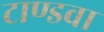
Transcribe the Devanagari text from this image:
टाण्डवा